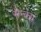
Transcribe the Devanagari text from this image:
मैन्क्स